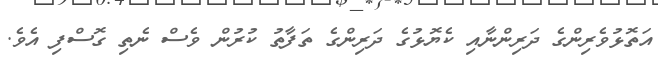
އަތޮޅުވެރިންގެ ދަރިންނާއި ކެޔޮޅުގެ ދަރިންގެ ތަފާތު ކުރުން ވެސް ނެތި ގޮސްފި އެވެ.